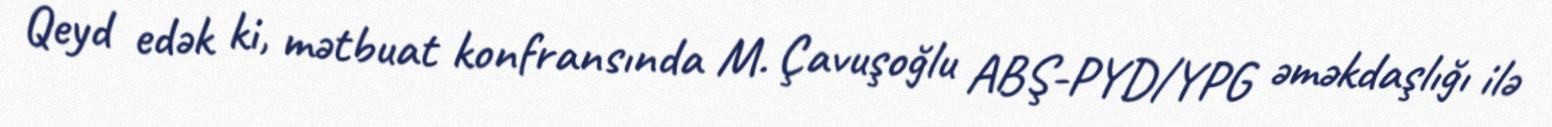
Qeyd edək ki, mətbuat konfransında M. Çavuşoğlu ABŞ-PYD/YPG əməkdaşlığı ilə